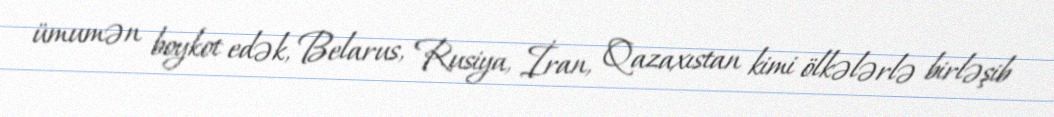
ümumən boykot edək, Belarus, Rusiya, İran, Qazaxıstan kimi ölkələrlə birləşib